Indian journal of veterinary science and animal husbandry - Volumes 15-17, 1948-1951
Year: 1948
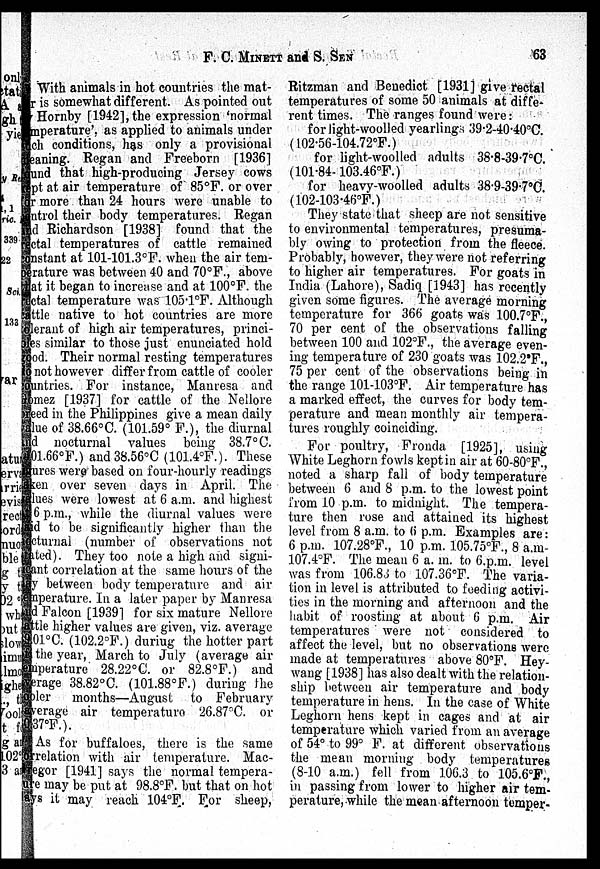
F. C.
MINETT
and
S.
SEN
63
With animals in hot countries the mat-
er is somewhat different. As pointed out
Hornby [1942], the expression 'normal
temperature'. as applied to animals under
such conditions, has only a provisional
meaning. Regan and Freeborn [1936]
found that high-producing Jersey cows
kept at air temperature of 85°F. or over
for more than 24 hours were unable to
control their body temperatures. Regan
and Richardson [1938] found that the
rectal temperatures of cattle remained
constant at 101-101.3°F. when the air tem-
perature was between 40 and 70°F., above
that it began to increase and at 100°F. the
rectal temperature was 105.1°F. Although
cattle native to hot countries are more
tolerant of high air temperatures, princi-
ples similar to those just enunciated hold
good. Their normal resting temperatures
do not however differ from cattle of cooler
countries. For instance, Manresa and
Gomez [1937] for cattle of the Nellore
breed in the Philippines give a mean daily
value of 38.66°C. (101.59° F.), the diurnal
and nocturnal values being 38.7°C.
(101.66°F.) and 38.56°C (101.4°F.). These
figures were based on four-hourly readings
taken over seven days in April. The
values were lowest at 6 a.m. and highest
at 6 p.m., while the diurnal values were
said to be significantly higher than the
octurnal (number of observations not
stated). They too note a high and signi-
i cant correlation at the same hours of the
lay between body temperature and air
temperature. In a later paper by Manresa
and Falcon [1939] for six mature Nellore
cattle higher values are given, viz. average
39.01°C. (102.2°F.) during the hotter part
of the year, March to July (average air
emperature 28.22°C. or 82.8°F.) and
average 38.82°C. (101.88°F.) during the
ooler months—August to February
average air temperature 26.87ºC. or
30.37°F.).
As for buffaloes, there is the same
orrelation with air temperature. Mac-
regor [1941] says the normal tempera-
ure may be put at 98.8°F. but that on hot
lays it may reach 104°F. For sheep,
Ritzman and Benedict [1931] give rectal
temperatures of some 50 animals at diffe-
rent times. The ranges found were:
for light-woolled yearlings 39.2-40.40°C.
(102.56-104.72°F.)
for light-woolled adults 38.8-39.7°C.
(101.84- 103.46°F.)
for heavy-woolled adults 38.9-39.7°C.
(102-103.46°F.)
They state that sheep are not sensitive
to environmental temperatures, presuma-
bly owing to protection from the fleece.
Probably, however, they were not referring
to higher air temperatures. For goats in
India (Lahore), Sadiq [1943] has recently
given some figures. The average morning
temperature for 366 goats was 100.7°F.,
70 per cent of the observations falling
between 100 and 102°F., the average even-
ing temperature of 230 goats was 102.2ºF.,
75 per cent of the observations being in
the range 101-103°F. Air temperature has
a marked effect, the curves for body tem-
perature and mean monthly air tempera-
tures roughly coinciding.
For poultry, Fronda [1925], using
White Leghorn fowls kept in air at 60-80°F.,
noted a sharp fall of body temperature
between 6 and 8 p.m. to the lowest point
from 10 p.m. to midnight. The tempera-
ture then rose and attained its highest
level from 8 a.m. to 6 p.m. Examples are:
6 p.m. 107.28°F., 10 p.m. 105.75°F., 8 a.m-
107.4°F. The mean 6 a. m. to 6.p.m. level
was from 106.83 to 107.36°F. The varia-
tion in level is attributed to feeding activi-
ties in the morning and afternoon and the
habit of roosting at about 6 p.m. Air
temperatures were not considered to
affect the level, but no observations were
made at temperatures above 80ºF. Hey-
wang [1938] has also dealt with the relation-
ship between air temperature and body
temperature in hens. In the case of White
Leghorn hens kept in cages and at air
temperature which varied from an average
of 54° to 99° F. at different observations
the mean morning body temperatures
(8-10 a.m.) fell from 106.3. to 105.6°F.,
in passing from lower to higher air tem-
perature, while the mean afternoon temper-